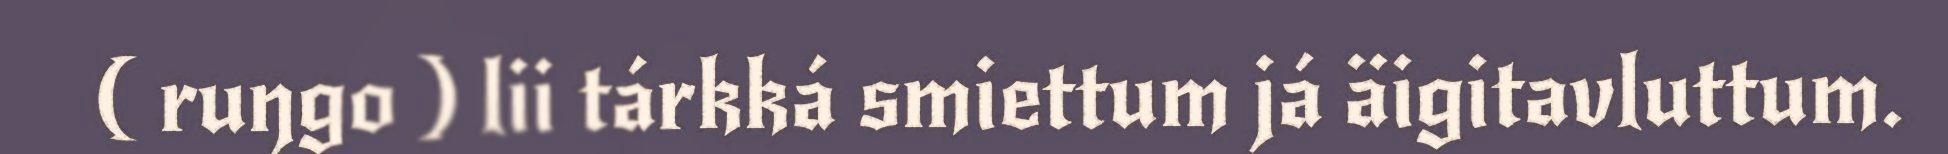
( ruŋgo ) lii tárkká smiettum já äigitavluttum.